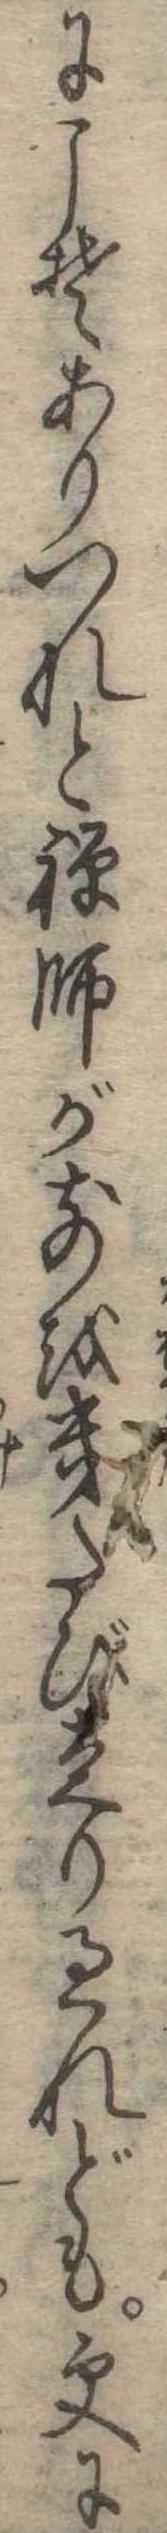
にこそありつれと禅師が前を幾たび走り過れども更に